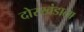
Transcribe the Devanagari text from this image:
दोरखंडाला